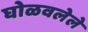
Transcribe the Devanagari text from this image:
घोळवलेले